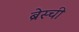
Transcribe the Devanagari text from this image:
ब्रेस्ची